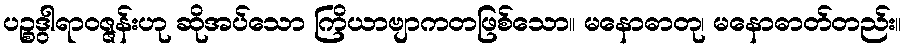
ပဉ္စဒွါရာဝဇ္ဇန်းဟု ဆိုအပ်သော ကြိယာဗျာကတဖြစ်သော။ မနောဓာတု၊ မနောဓာတ်တည်း။